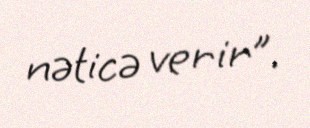
nəticə verir”.